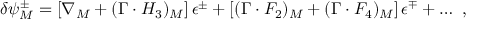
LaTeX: \delta \psi _ { M } ^ { \pm } = \left[ \nabla _ { M } + ( \Gamma \cdot H _ { 3 } ) _ { M } \right] \epsilon ^ { \pm } + \left[ ( \Gamma \cdot F _ { 2 } ) _ { M } + ( \Gamma \cdot F _ { 4 } ) _ { M } \right] \epsilon ^ { \mp } + \ldots \ ,